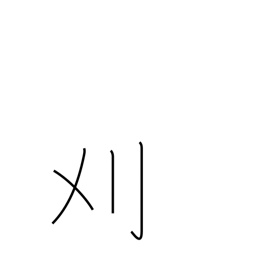
Meaning: cut